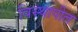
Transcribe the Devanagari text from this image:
विस्थापीत